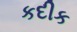
કદીક